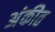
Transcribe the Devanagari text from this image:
अंकीत